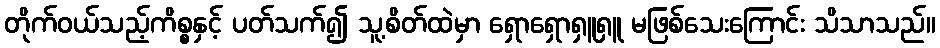
တိုက်ဝယ်သည့်ကိစ္စနှင့် ပတ်သက်၍ သူ့စိတ်ထဲမှာ ရှောရှောရှူရှူ မဖြစ်သေးကြောင်း သိသာသည်။